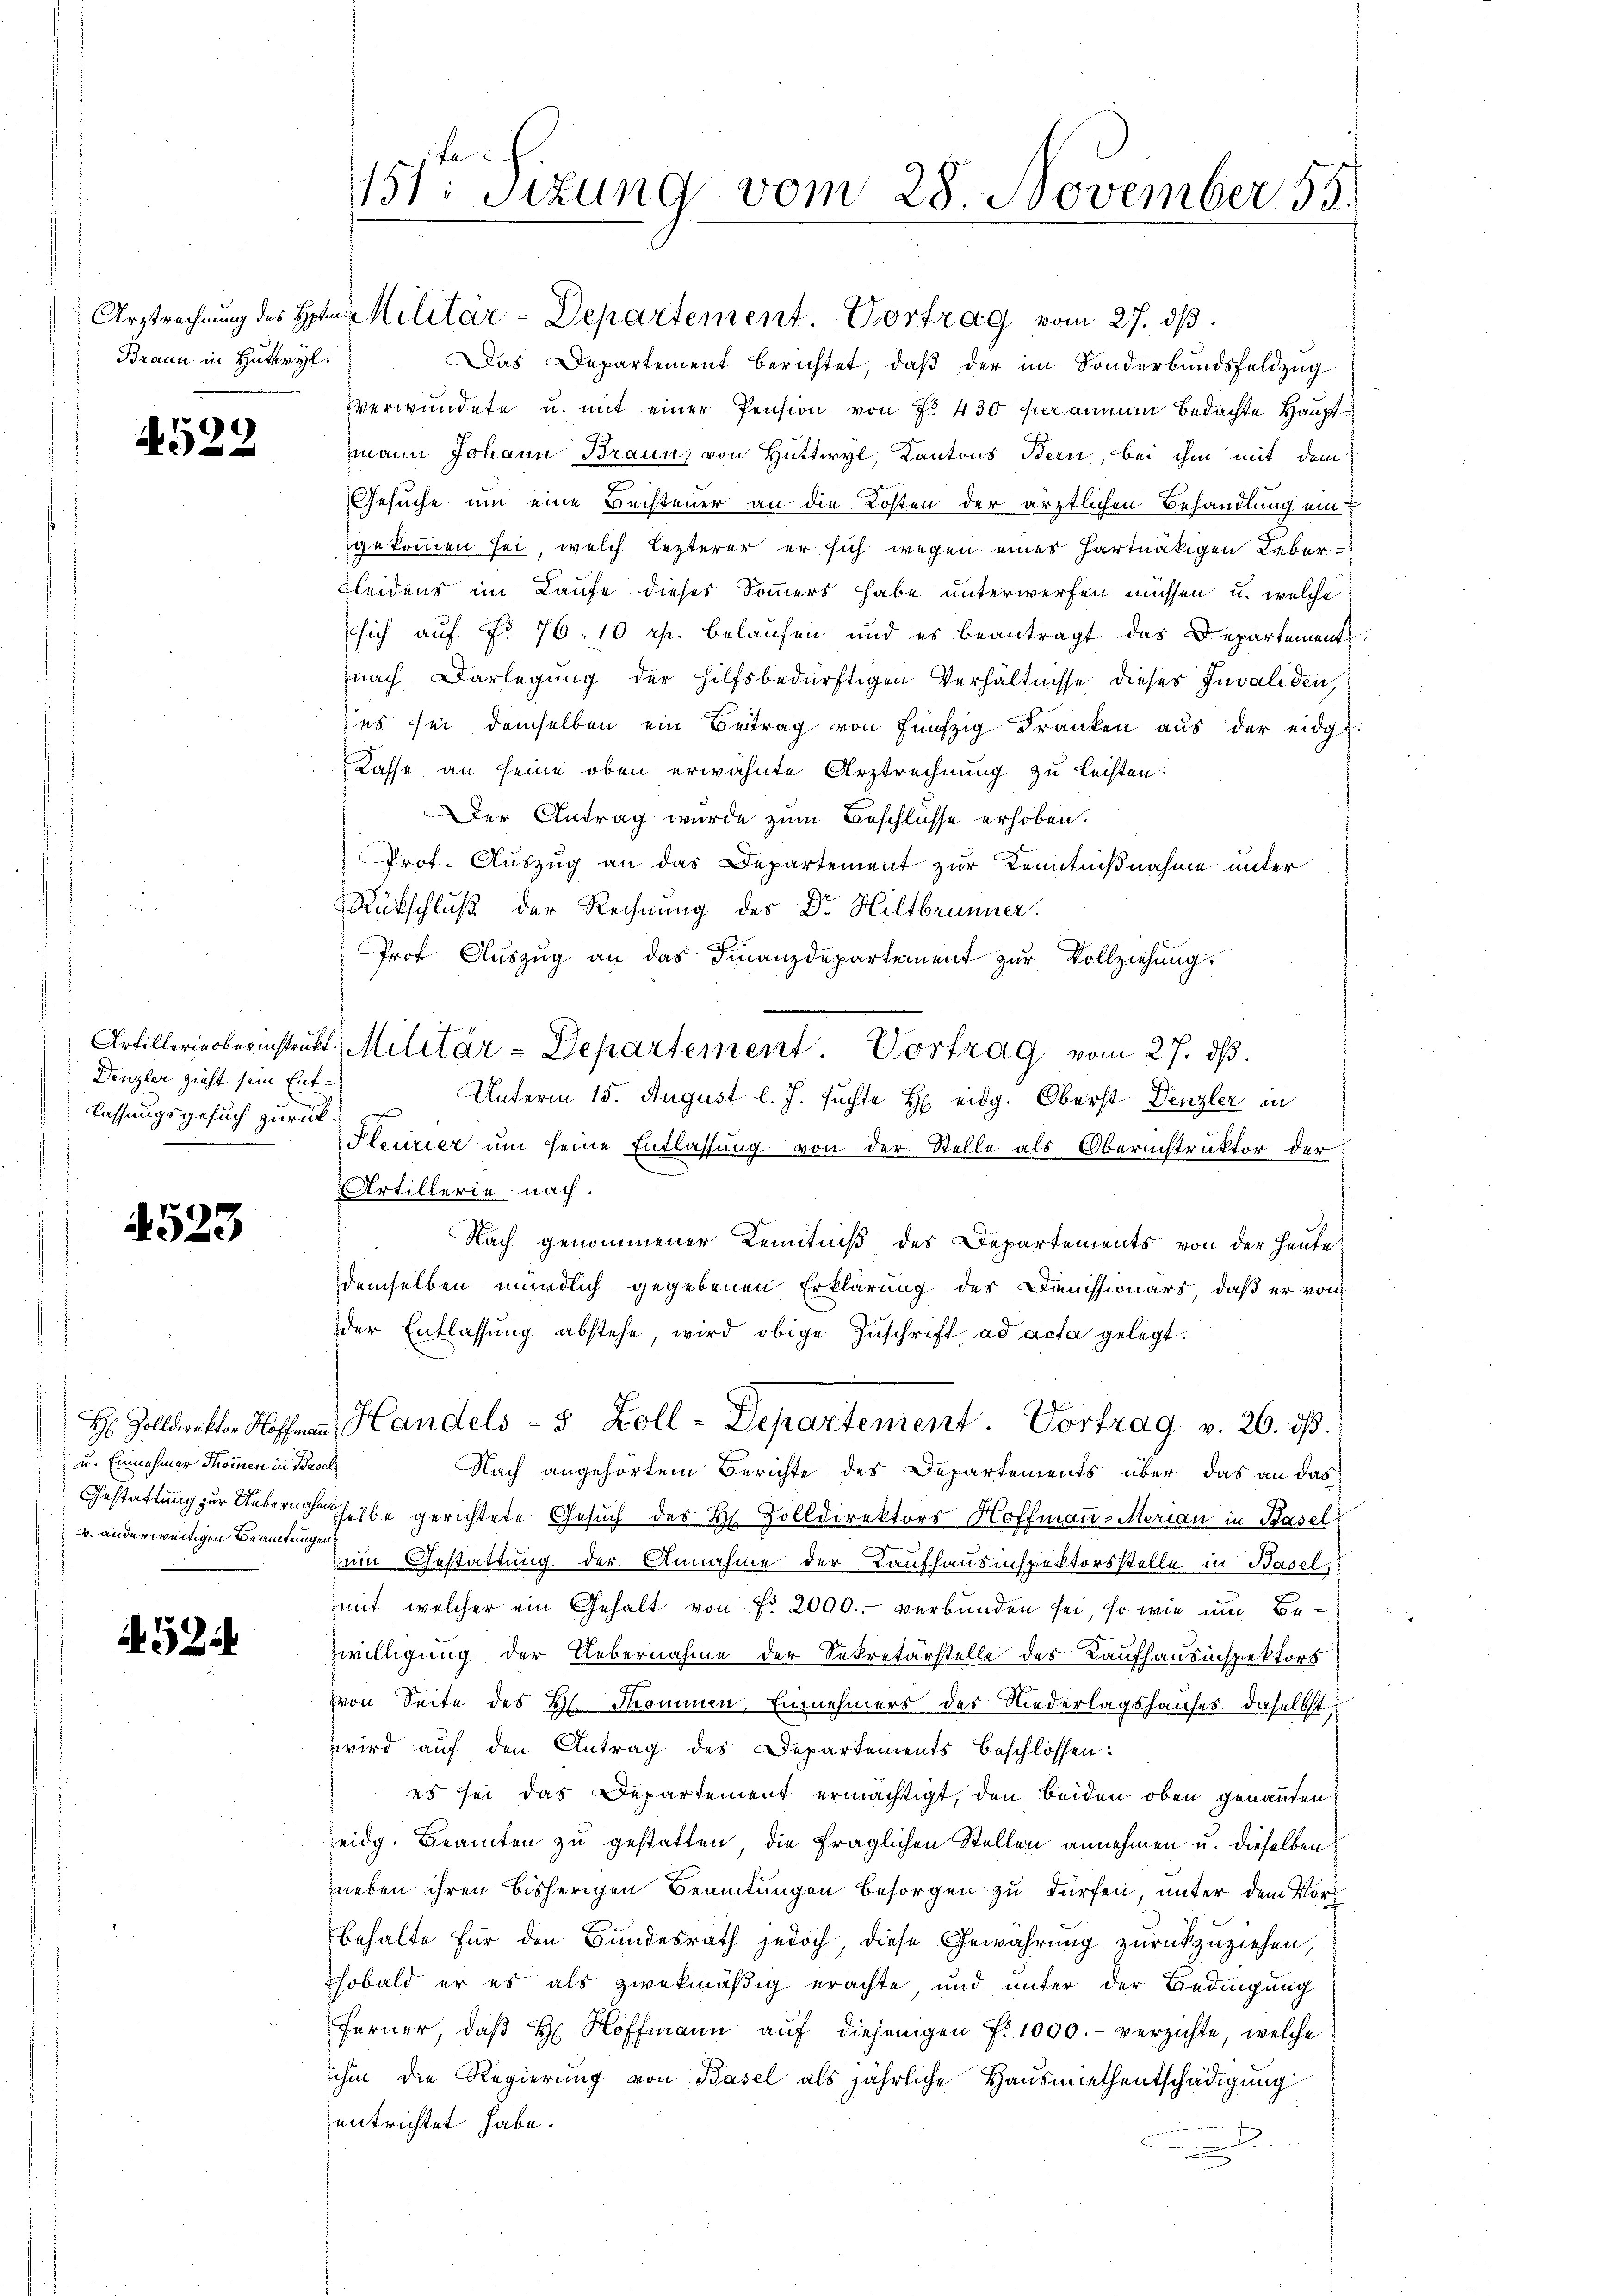
Braun in Huteyl.

4522

Denzlei zieht sein Entlassungsgesuch zurück.

523

u. Einnahmer Thommen in Basel
v. anderweitigen Beamtungen

524

.
151: Sizung vom 28. November 15.

Ursprechung des Hrn. Militär-Departement. Vortrag vom 27. dβ.
Das Departement berichtet, daß der im Sonderbundsfeldzug
Verwundete u. mit einer Pension von Fr. 430 her annum bedachte Hauptmann Johann Braun, von Hüttwyl, Kantons Bern, bei ihm mit dem
Gesuche um eine Bechtener an die Kosten der ärztlichen Behandlung ein
gekommen sei, welch lezterer er sich wegen eines hartnäckigen Leber¬
Kleidens im Laufe dieses Sommers habe unterwerfen müssen, u. welche
sich auf No 76. 10 rp. belaufen und es beantragt das Departement
nach Darlegung der hilfsbedürftigen Verhältnisse dieses Invaliden
es sei demselben ein Beitrag von fünfzig dranken aus der eidg.
Casse, an seine oben erwähnte Urztrechnung zu leisten:
Der Antrag wurde zum Beschlüsse erhoben.
Prof. Auszug an das Departement zur Kenntnißnahme unter
Rückschluß der Rechnung der Dr. Hiltbrunner.
Prof Auszug an das Finanzdepartement zur Vollziehung.
Artillerinsberinstrukt, Militär-Departement. Vortrag vom 27. dβ.
Unterm 15. August l. J. suchte H. eidg. Oberst Denzler in
Pleizier um seine Entlassung von der Stelle als Oberinstruktor der
Artillerie nach.
Nach genommener Kenntniß des Departements von der heute
demselben mündlich gegebenen Erklärung des Damissionärs, daß er von
der Entlassung abstehe, wird obige Zuschrift ad acta gelegt.
H. Zoll an Handels- 8 Zoll-Departement. Vortrag v. 26. ds.
Nach angehörtem Berichte des Departements über das an das
Gestattung zur Uebernahm selbe gerichtete Gesuch des H. Zolldirektors Hoffmaṅ-Merian in Basel
um Gestattung der Annahme der Kaufhausinspektorsstelle in Basel,
mit welcher ein Gehalt von Fr. 2000. verbunden sei, so wie um Bewilligung der Uebernahme der Sekretärstelle des Kaufhausinspektors
von Seite des Hl. Sommen, Einnehmers des Niederlagshauses daselbst
wird auf den Antrag des Departements beschlossen:
es sei das Departement ermächtigt, den beiden oben genannten
eidg. Beamten zu gestatten, die fraglichen Stellen annehmen u. dieselben
neben ihren bisherigen Beamtungen besorgen zu dürfen, unter dem Vort
behalte für den Bundesrath jedoch, diese Gewährung zurückzuziehen,
hobald er es als zwekmäßig erachte und unter der Bedingung
Ferner, daß H. Hoffmann auf diejenigen Fr. 1000.- verzichte, welche
ihm die Regierung von Basel als jährliche Hausmiethentschädigung
entrichtet habe.
t